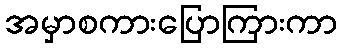
အမှာစကားပြောကြားကာ